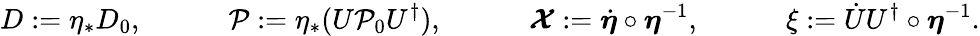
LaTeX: D:=\eta_{*}D_{0},\qquad\quad{\cal P}:=\eta_{*}(U{\cal P}_{0}U^{\dagger}),\qquad\quad\boldsymbol{\cal X}:=\dot{\boldsymbol\eta}\circ\boldsymbol\eta^{-1},\qquad\quad\xi:=\dot{U}U^{\dagger}\circ\boldsymbol\eta^{-1}.